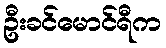
ဦးခင်မောင်ရီက